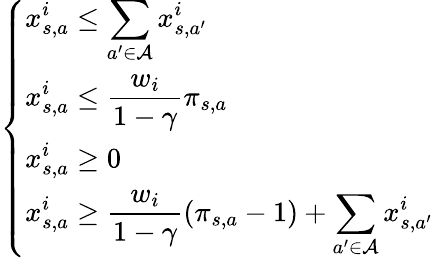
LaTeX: \left\{ \begin{array}{ll}{\displaystyle x_{s,a}^{i}\leq\sum_{a^{\prime}\in\mathcal{A}}x_{s,a^{\prime}}^{i}}\\ {\displaystyle x_{s,a}^{i}\leq\frac{w_{i}}{1-\gamma}\pi_{s,a}}\\ {\displaystyle x_{s,a}^{i}\geq 0}\\ {\displaystyle x_{s,a}^{i}\geq\frac{w_{i}}{1-\gamma}(\pi_{s,a}-1)+\sum_{a^{\prime}\in\mathcal{A}}x_{s,a^{\prime}}^{i}}\end{array}\right.